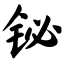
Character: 铋